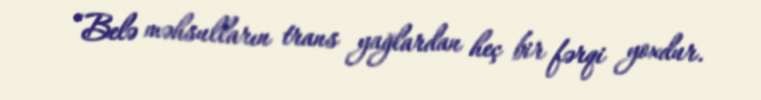
“Belə məhsulların trans yağlardan heç bir fərqi yoxdur.